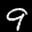
Label: 9